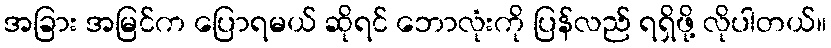
အခြား အမြင်က ပြောရမယ် ဆိုရင် ဘောလုံးကို ပြန်လည် ရရှိဖို့ လိုပါတယ်။